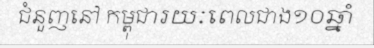
ជំនួញនៅ កម្ពុជារយៈពេលជាង១០ឆ្នាំ